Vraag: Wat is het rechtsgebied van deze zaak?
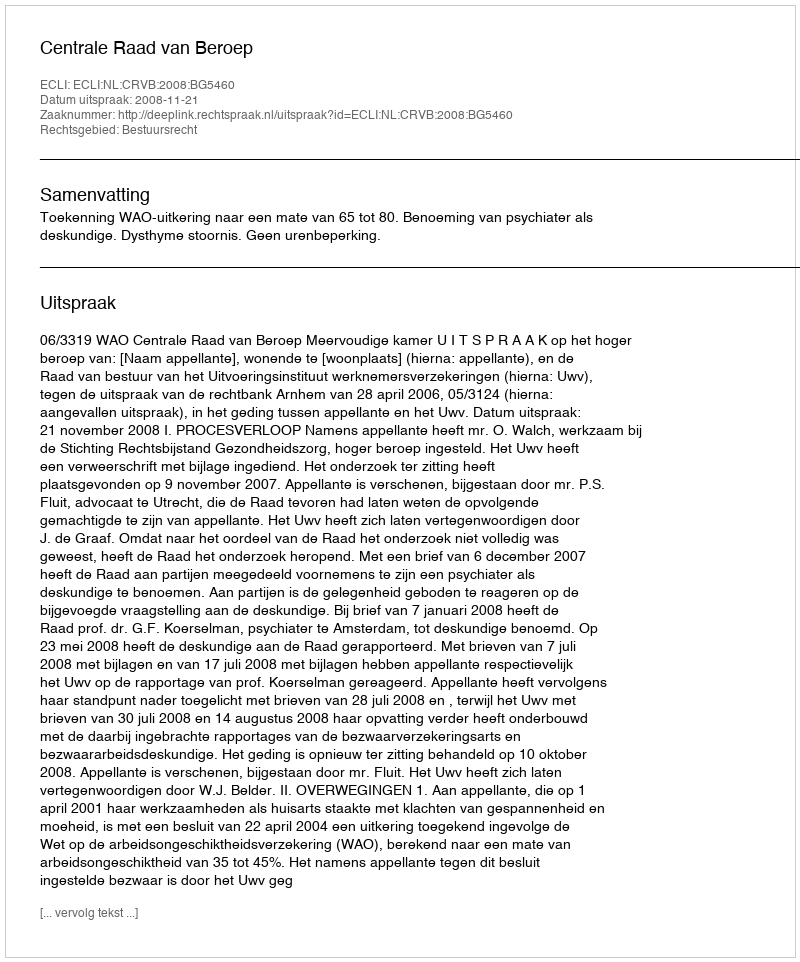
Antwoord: Bestuursrecht